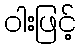
ဝါးဖြင့်